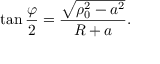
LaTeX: \tan { \frac { \varphi } { 2 } } = { \frac { \sqrt { \rho _ { 0 } ^ { 2 } - a ^ { 2 } } } { R + a } } .